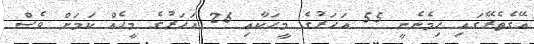
އޭގެތެރޭގައި ހިމެނެނީ 55 އަހަރުގެ މީހަކާއި 26 އަހަރުގެ މީހެއް ކަމަށް ވެސް